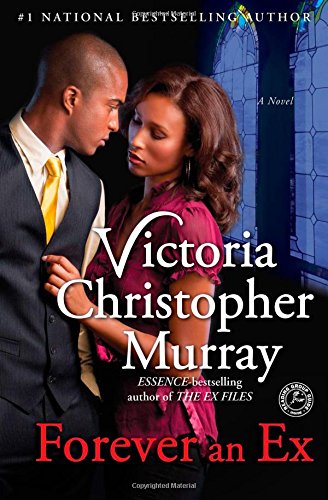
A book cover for Forever an Ex: A Novel; Victoria Christopher Murray; Literature & Fiction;